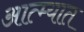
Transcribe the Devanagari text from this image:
आत्म्यात